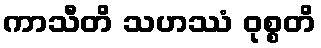
ကာသီတိ သဟဿံ ဝုစ္စတိ